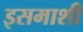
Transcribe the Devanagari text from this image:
इसमाशी